Vaccine operations Central Provinces 1886-1899 - 1886-1899
Year: 1886
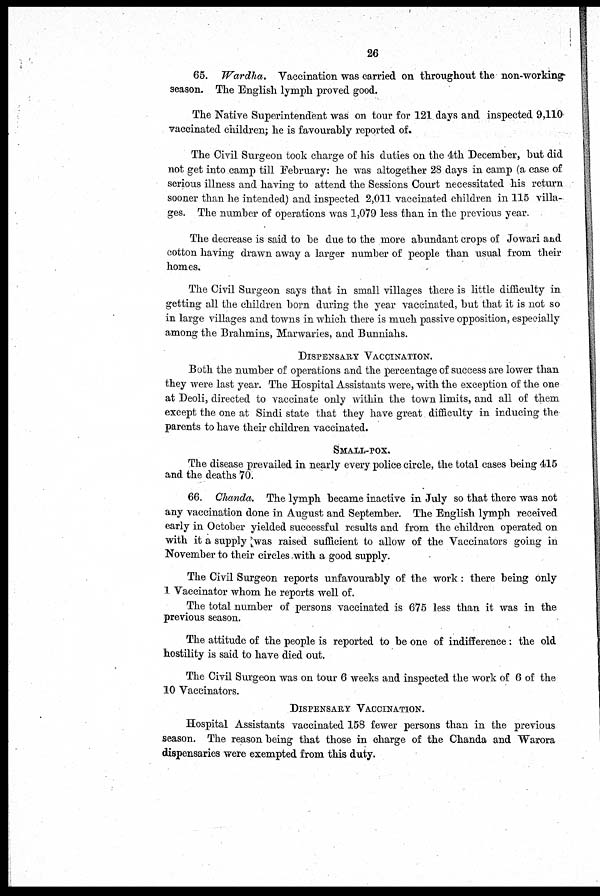
26
65. Wardha.
Vaccination was carried on throughout the non-working
season. The English lymph proved good.
The Native Superintendent was on tour for 121 days and inspected 9,110
vaccinated children; he is favourably reported of.
The Civil Surgeon took charge of his duties on the 4th December, but did
not get into camp till February: he was altogether 28 days in camp (a case of
serious illness and having to attend the Sessions Court necessitated his return
sooner than he intended) and inspected 2,011 vaccinated children in 115 villa-
ges. The number of operations was 1,079 less than in the previous year.
The decrease is said to be due to the more abundant crops of Jowari and
cotton having drawn away a larger number of people than usual from their
homes.
The Civil Surgeon says that in small villages there is little difficulty in
getting all the children born during the year vaccinated, but that it is not so
in large villages and towns in which there is much passive opposition, especially
among the Brahmins, Marwaries, and Bunniahs.
DISPENSARY VACCINATION.
Both the number of operations and the percentage of success are lower than
they were last year. The Hospital Assistants were, with the exception of the one
at Deoli, directed to vaccinate only within the town limits, and all of them
except the one at Sindi state that they have great difficulty in inducing the
parents to have their children vaccinated.
SMALL-POX.
The disease prevailed in nearly every police circle, the total cases being 415
and the deaths 70.
66. Chanda. The lymph became inactive in July so that there was not
any vaccination done in August and September. The English lymph received
early in October yielded successful results and from the children operated on
with it a supply was raised sufficient to allow of the Vaccinators going in
November to their circles with a good supply.
The Civil Surgeon reports unfavourably of the work: there being only
1 Vaccinator whom he reports well of.
The total number of persons vaccinated is 675 less than it was in the
previous season.
The attitude of the people is reported to be one of indifference: the old
hostility is said to have died out.
The Civil Surgeon was on tour 6 weeks and inspected the work of 6 of the
10 Vaccinators.
DISPENSARY VACCINATION.
Hospital Assistants vaccinated 158 fewer persons than in the previous
season. The reason being that those in charge of the Chanda and Warora
dispensaries were exempted from this duty.